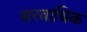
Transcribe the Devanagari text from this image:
सरवाधिक